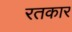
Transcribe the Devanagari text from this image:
रतकार